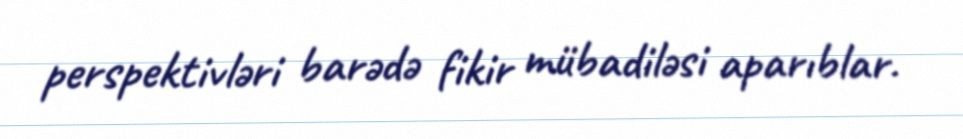
perspektivləri barədə fikir mübadiləsi aparıblar.